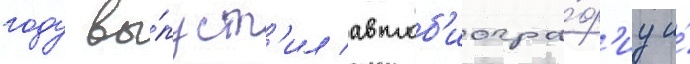
году вы́пуст'ил автоб'иогра́ф'иу и́